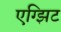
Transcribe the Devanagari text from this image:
एग्झिट